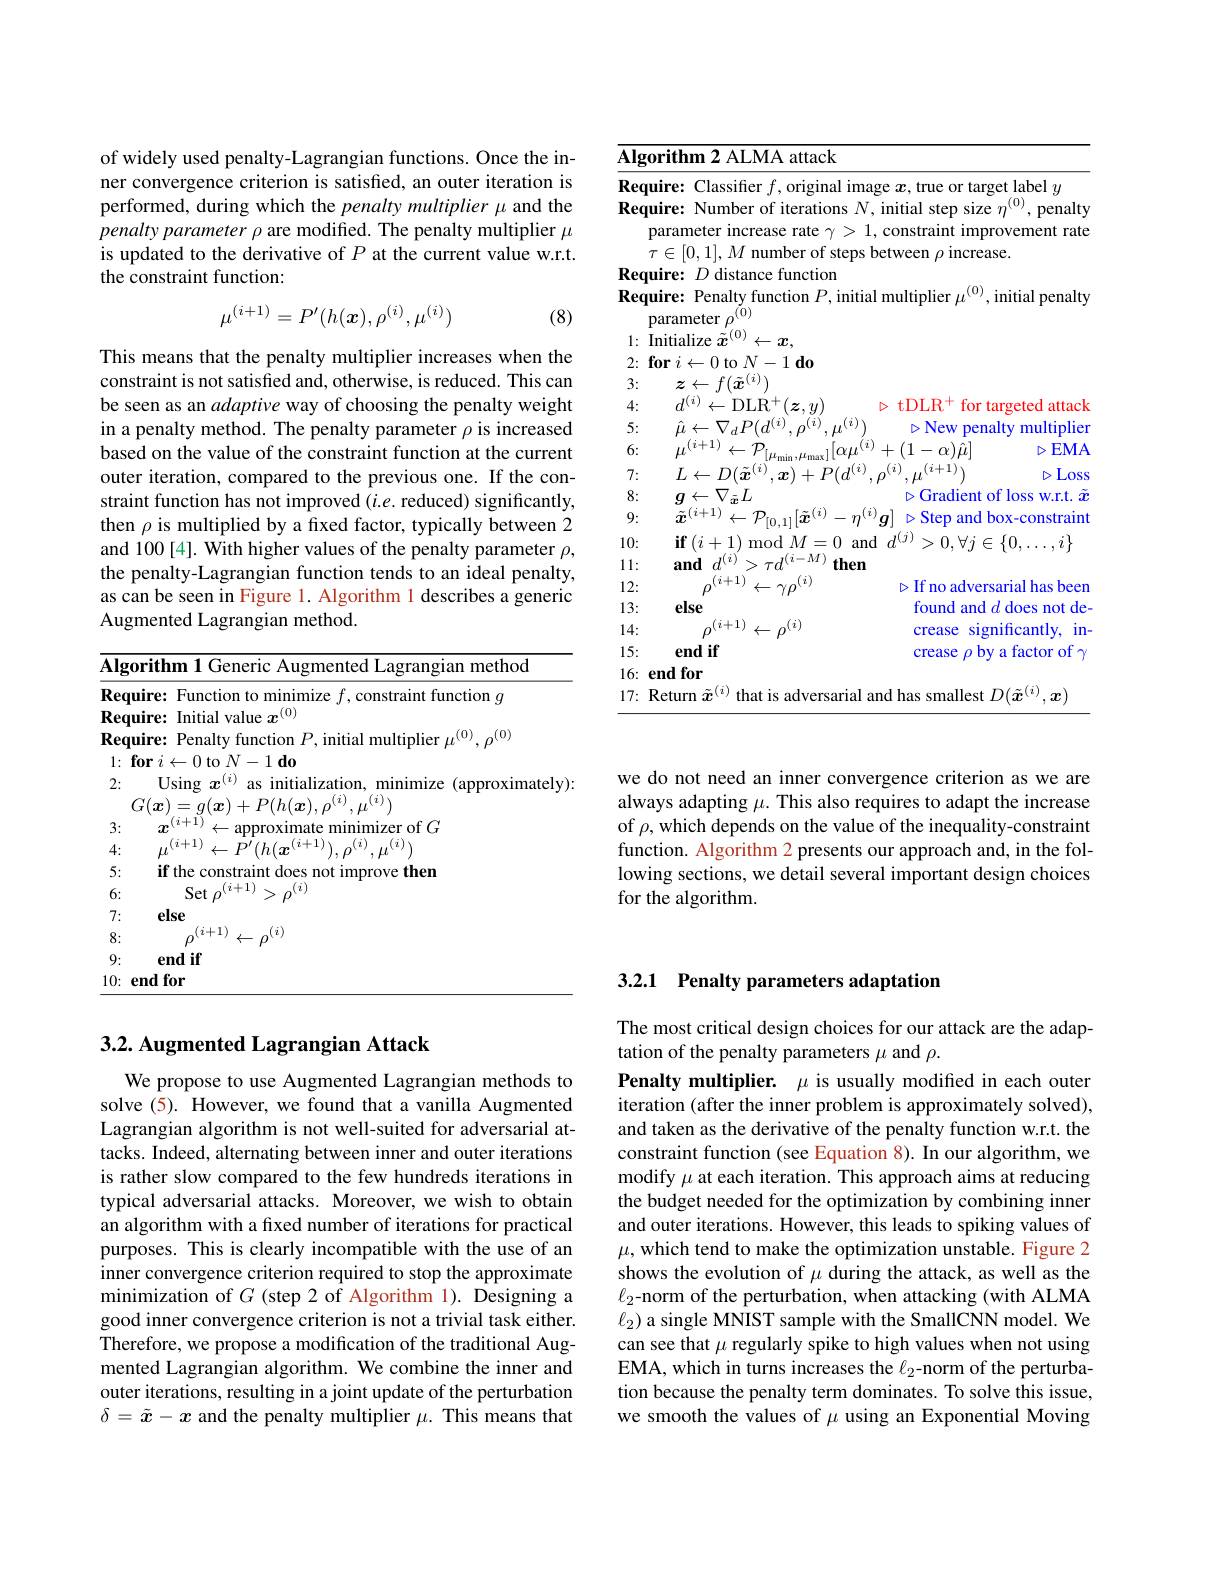
of widely used penalty-Lagrangian functions. Once the inner convergence criterion is satisfed, an outer iteration is performed, during which the penalty multiplier $\mu$ and the penalty parameter $\rho$ are modified. The penalty multiplier $\mu$ is updated to the derivative of $P$ at the current value w.r.t. the constraint function:
$$\mu^{(i+1)}=P'(h(\boldsymbol{x}),\rho^{(i)},\mu^{(i)})$$
(8)

This means that the penalty multiplier increases when the constraint is not satisfied and, otherwise, is reduced. This can be seen as an adaptive way of choosing the penalty weight in a penalty method. The penalty parameter $\rho$ is increased based on the value of the constraint function at the current outer iteration, compared to the previous one. If the constraint function has not improved (i.e. reduced) significantly, then $\rho$ is multiplied by a fixed factor, typically between 2 and 100[4]. With higher values of the penalty parameter $\rho$, the penalty-Lagrangian function tends to an ideal penalty, as can be seen in Figure l. Algorithm 1 describes a generic Augmented Lagrangian method.

<table>
	<tbody>
		<tr>
			<td>$\overline{\mathbf{Algor}}$</td>
			<td>$\textbf{method}$</td>
		</tr>
		<tr>
			<td>Requi</td>
			<td>$10n$ $G$</td>
		</tr>
		<tr>
			<td>Requi</td>
			<td>$\mathbf{l}_{\mathrm{lle~}\boldsymbol{r}^{(0)}}$</td>
		</tr>
		<tr>
			<td>Requi</td>
			<td>10</td>
		</tr>
		<tr>
			<td>$f_{0}$ 1:</td>
			<td>$\textbf{for}i\leftarrow$ 0 $to$ $N$ {}-1do</td>
		</tr>
		<tr>
			<td>2:</td>
			<td>$\mathrm{T}_{\mathrm{Sing}}$ $(\boldsymbol{i})$ initi $as$ minimize Enmroximarelv</td>
		</tr>
		<tr>
			<td>$l_{v}$ $\gimel$</td>
			<td>$(i)$</td>
		</tr>
		<tr>
			<td>3:</td>
			<td>(2-1) $\mathop{\mathrm{imizer~of}}G$</td>
		</tr>
		<tr>
			<td>4:</td>
			<td>2+1 $(\imath)$</td>
		</tr>
		<tr>
			<td>5:</td>
			<td>ifthe orove then</td>
		</tr>
		<tr>
			<td>6:</td>
			<td>Set $(i+1)$ 12 $\rho^{(i)}$</td>
		</tr>
		<tr>
			<td>7:</td>
			<td>else</td>
		</tr>
		<tr>
			<td>8:</td>
			<td>$(i)$</td>
		</tr>
		<tr>
			<td>9:</td>
			<td>end if</td>
		</tr>
		<tr>
			<td>10: $er$</td>
			<td>endfor</td>
		</tr>
	</tbody>
</table>

### $3. 2. \textbf{ Augmented Lagrangian Attack}$

We propose to use Augmented Lagrangian methods to solve (5). However, we found that a vanilla Augmented Lagrangian algorithm is not well-suited for adversarial attacks. Indeed, alternating between inner and outer iterations is rather slow compared to the few hundreds iterations in typical adversarial attacks. Moreover, we wish to obtain an algorithm with a fixed number of iterations for practical purposes. This is clearly incompatible with the use of an inner convergence criterion required to stop the approximate minimization of $G$ (step 2 of Algorithm 1). Designing a good inner convergence criterion is not a trivial task either. Therefore, we propose a modification of the traditional Augmented Lagrangian algorithm. We combine the inner and outer iterations, resulting in a joint update of the perturbation $\delta=\tilde{x}-x$ and the penalty multiplier $\mu.$ This means that

<table>
	<tbody>
		<tr>
			<td>Algor</td>
			<td> </td>
		</tr>
		<tr>
			<td>Requi</td>
			<td>get label $y$</td>
		</tr>
		<tr>
			<td>Requir</td>
			<td>penalty $r.$</td>
		</tr>
		<tr>
			<td>$pa:$</td>
			<td>rovement rate</td>
		</tr>
		<tr>
			<td>$T$</td>
			<td>$1Se.$</td>
		</tr>
		<tr>
			<td>Requir</td>
			<td> </td>
		</tr>
		<tr>
			<td>Requi $pa$</td>
			<td>initial penalty</td>
		</tr>
		<tr>
			<td>1: Ini</td>
			<td> </td>
		</tr>
		<tr>
			<td>for 2:</td>
			<td> </td>
		</tr>
		<tr>
			<td>3:</td>
			<td> </td>
		</tr>
		<tr>
			<td>4:</td>
			<td>targeted attack</td>
		</tr>
		<tr>
			<td>5:</td>
			<td>alty multiplier</td>
		</tr>
		<tr>
			<td>6:</td>
			<td>EMA</td>
		</tr>
		<tr>
			<td>7:</td>
			<td>Loss</td>
		</tr>
		<tr>
			<td>8:</td>
			<td>loss $\tilde{x}$ of $W.$r.t. </td>
		</tr>
		<tr>
			<td>9:</td>
			<td>box-constraint</td>
		</tr>
		<tr>
			<td>10:</td>
			<td>$\{0\}$ </td>
		</tr>
		<tr>
			<td>11:</td>
			<td> </td>
		</tr>
		<tr>
			<td>12:</td>
			<td>been sarial 11 has</td>
		</tr>
		<tr>
			<td>13:</td>
			<td>does de $d$ not</td>
		</tr>
		<tr>
			<td>14:</td>
			<td>${\mathrm{nificantly,}}$ ln</td>
		</tr>
		<tr>
			<td>15:</td>
			<td>factor of a $\gamma$</td>
		</tr>
		<tr>
			<td>16: $en$</td>
			<td> </td>
		</tr>
		<tr>
			<td>Re 17:</td>
			<td>$D(\tilde{\boldsymbol{x}}^{(i)}$ $4t$</td>
		</tr>
	</tbody>
</table>

we do not need an inner convergence criterion as we are always adapting $\mu.$ This also requires to adapt the increase of $\rho$,which depends on the value of the inequality-constraint function. Algorithm 2 presents our approach and, in the following sections, we detail several important design choices for the algorithm.

## 3.2.1 Penalty parameters adaptation

The most critical design choices for our attack are the adap-
tation of the penalty parameters $\mu$ and $\rho.$
Penalty multiplier. $\mu$ is usually modified in each outer iteration (after the inner problem is approximately solved), and taken as the derivative of the penalty function w.r.t. the constraint function (see Equation 8). In our algorithm, we modify $\mu$ at each iteration. This approach aims at reducing the budget needed for the optimization by combining inner and outer iterations. However, this leads to spiking values of $\mu$, which tend to make the optimization unstable. Figure 2 shows the evolution of $\mu$ during the attack, as well as the $\ell_2$-norm of the perturbation, when attacking (with ALMA $\ell_2$) a single MNIST sample with the SmallCNN model. We can see that $\mu$ regularly spike to high values when not using EMA, which in turns increases the $\ell_2$-norm of the perturbation because the penalty term dominates. To solve this issue, we smooth the values of $\mu$ using an Exponential Moving